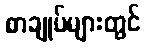
စာချုပ်များတွင်